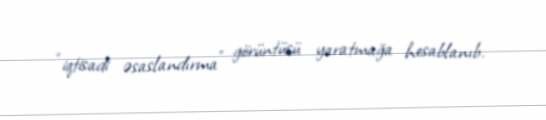
“iqtisadi əsaslandırma” görüntüsü yaratmağa hesablanıb.